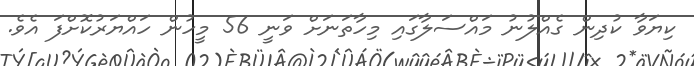
ކިޔަވާ ކުދިން ގެއްލުނު މައްސަލާގައި މިހާތަނަށް ވަނީ 56 މީހުން ހައްޔަރުކޮށްފަ އެވެ.